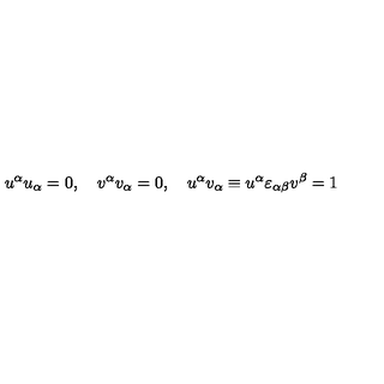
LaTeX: u ^ { \alpha } u _ { \alpha } = 0 , \quad v ^ { \alpha } v _ { \alpha } = 0 , \quad u ^ { \alpha } v _ { \alpha } \equiv u ^ { \alpha } \varepsilon _ { \alpha \beta } v ^ { \beta } = 1